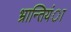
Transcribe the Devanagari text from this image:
भ्रान्तियंा